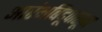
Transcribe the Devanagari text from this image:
आरंभबिंदूपासून